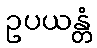
ဥပယန္တံ